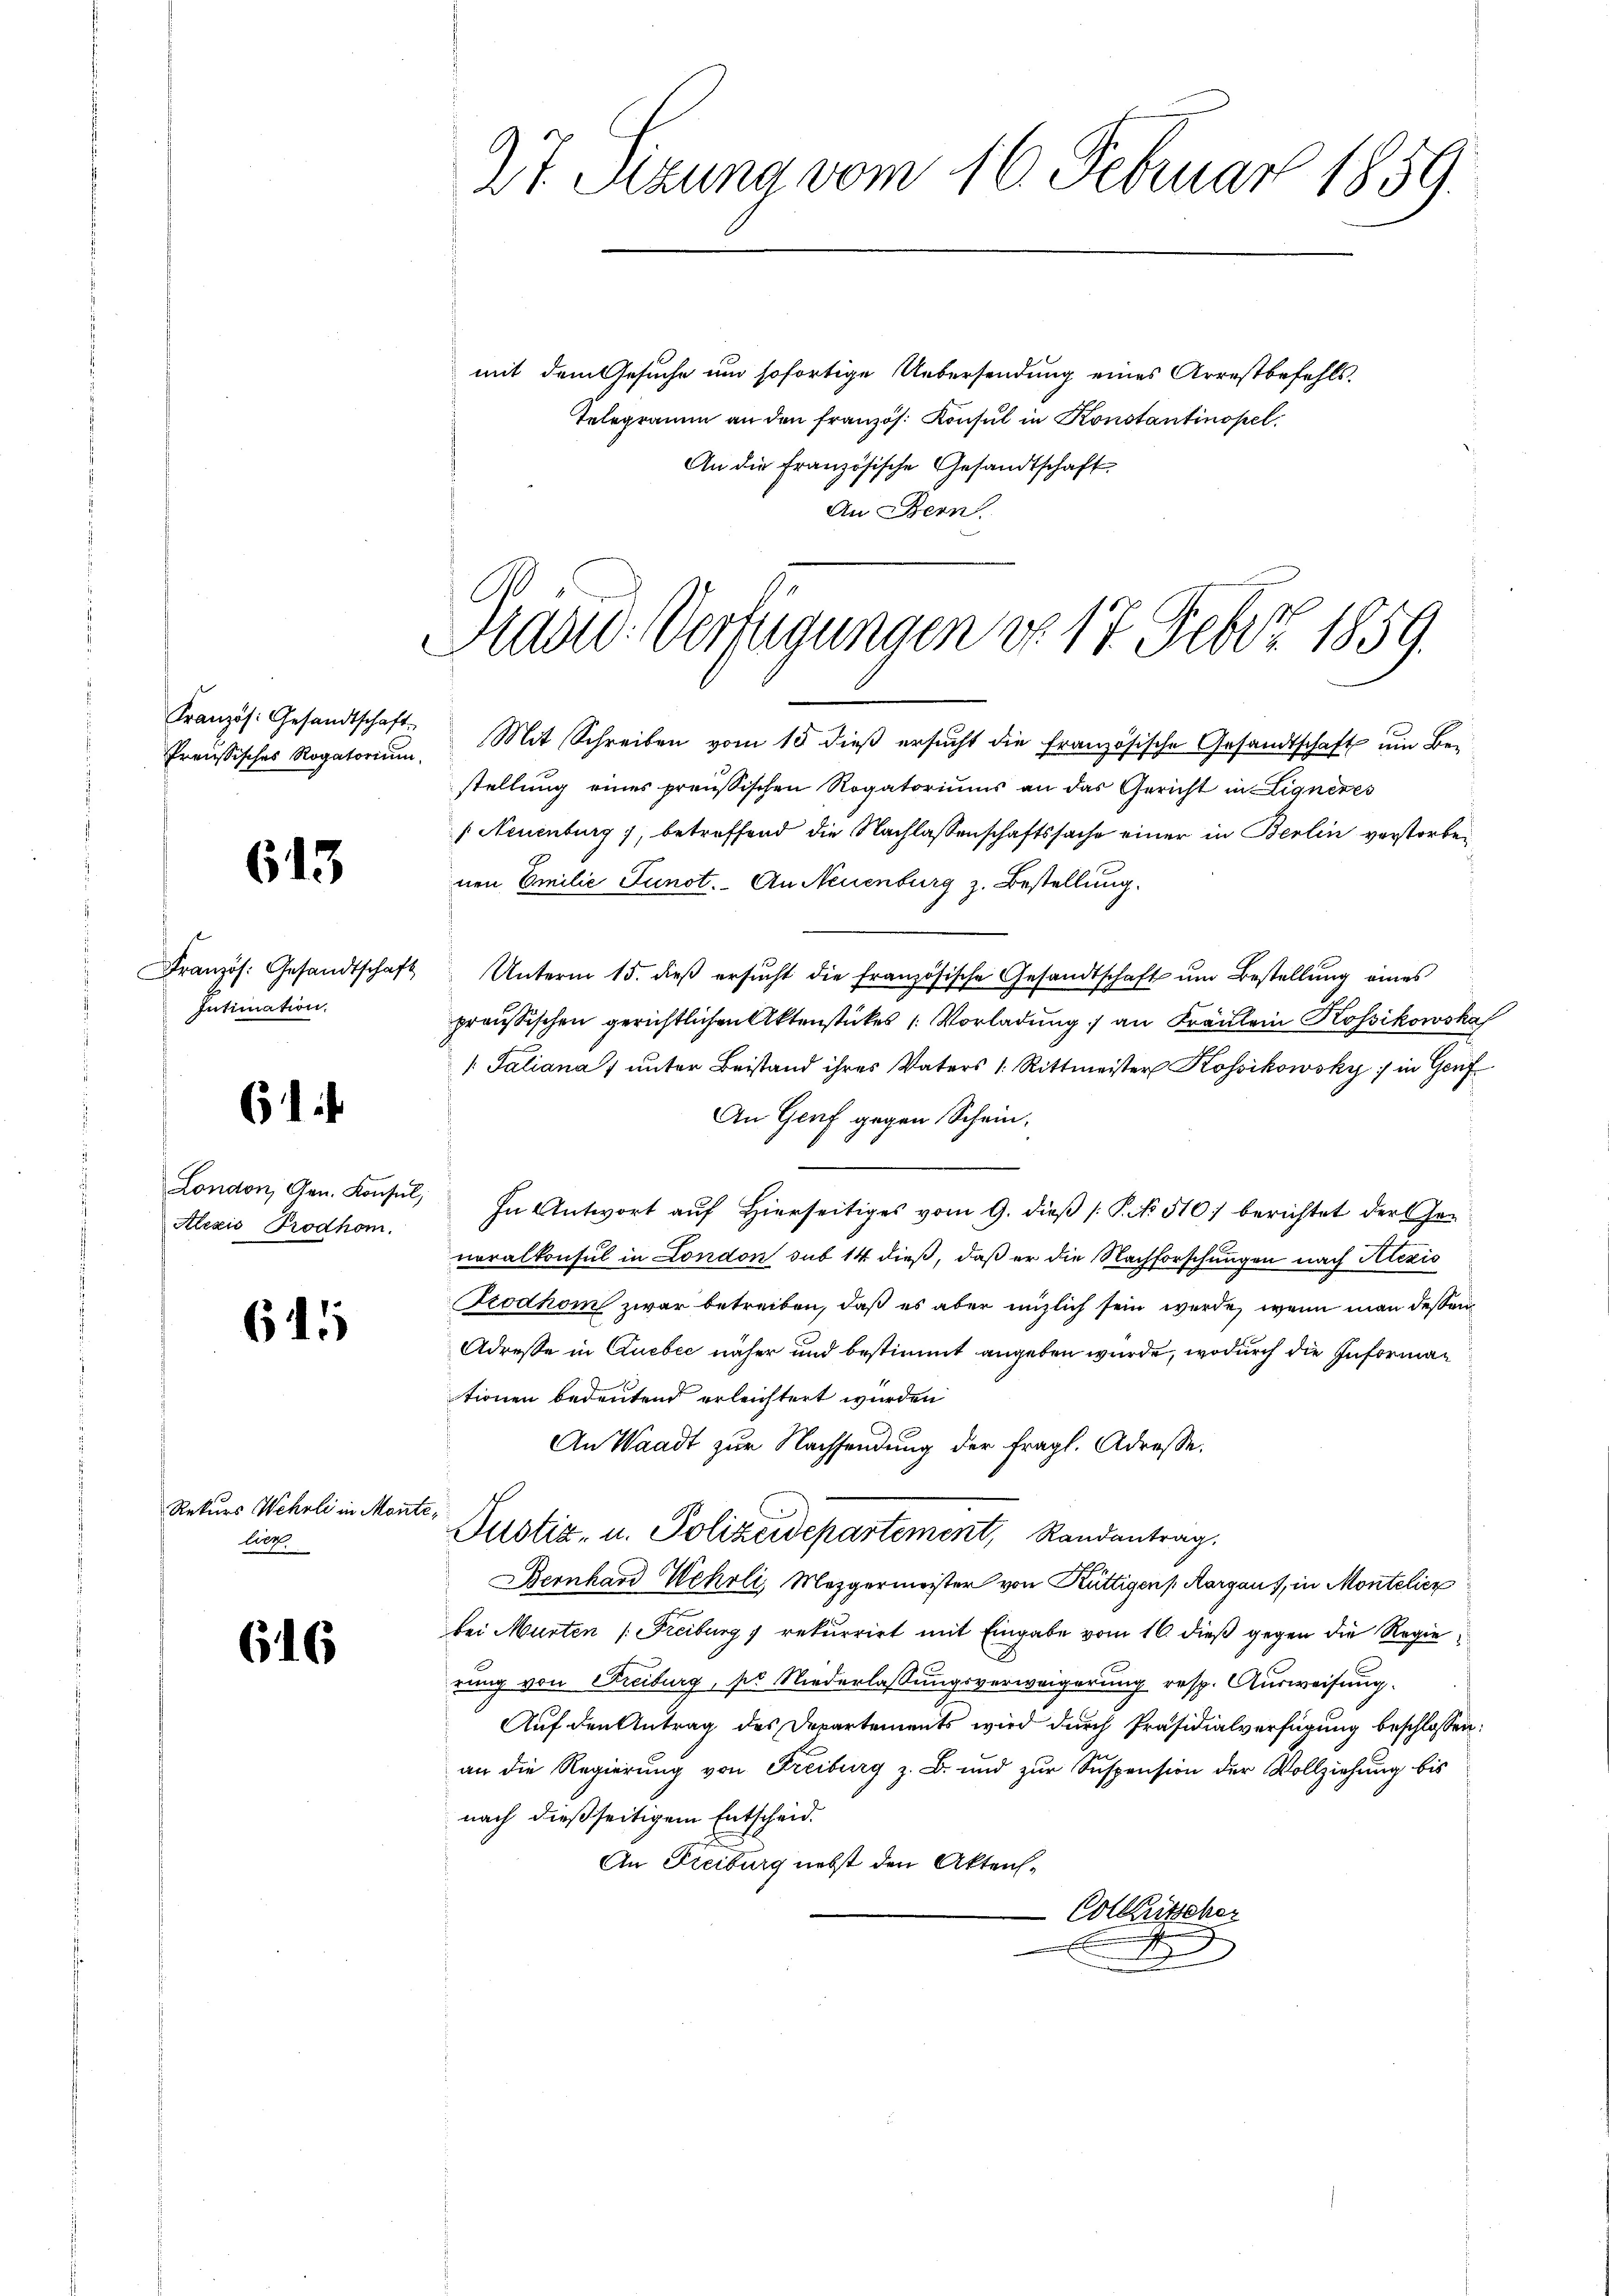
Kranzös. Gesandtschaft
Preussisches Rogatorium.

613

Französ. Gesandtschaft
Intimation.

61

London, Gen. Konsul,
Alezis Prodhom.

615

Rekurs Wehrli in Monte,
lier

616

27. Sizung vom 16. Februar 1859.

mit dem Gesuche um sofortige Uebersendung eines Arrestbefehls¬
Telegramm an den französ. Konsul in Konstantinopel.
An die französische Gesandtschaft
An Bern

Radio Verfügungen do 17. Febr. 1859.

Mit Schreiben vom 15 dieß ersucht die Französische Gesandtschaft um Bestellung eines preußischen Rogatoriums an das Gericht in Ligneres
 Neuenburg), betreffend die Nachlassenschaftssache einer in Berlin verstorbenen Emilie Junot. An Neuenburg z. Bestellung.
Unterm 15. dieβ ersŭcht die französische Gesandtschaft ŭm Bestellung eines
preußischen gerichtlichen Aktenstückes / Vorladung an Fräulein Koikowska
/: Saliana unter Beistand ihres Vaters /: Rittmeister Kossikowsky in Genf
An Genf gegen Schein¬
In Antwort auf Hierseitiges vom 9. dieß P. No 510) berichtet der Generalkonsul in London sub 14 dieß, daß er die Nachforschungen nach Alexic
Frodhom zwar betreiben, daß es aber nüzlich sein werde, wenn man dessen
Adresse in Quebić näher und bestimmt angeben wurde, wodurch die Informationen bedeutend erleichtert wurden
An Waadt zur Nachsendung der fragl. Adresse.
Justiz- u. Polizeidepartement, Randantrag.
Bernhard Wehrli, Mezgermeister von Küttigens Aargaus, in Montelier
bei Murten (Freiburg & rekurrirt mit Eingabe vom 16. dieß gegen die Regierung von Kreiburg, sie Niederlassungsverweigerung resp. Ausweisung
Auf den Antrag des Departements wird durch Präsidialverfügung beschlossen:
an die Regierung von Freiburg z. B. und zur Suspension der Vollziehung bis
nach dießseitigem Entscheid.
An Freiburg nebst den Akten¬
Colkutscher
F